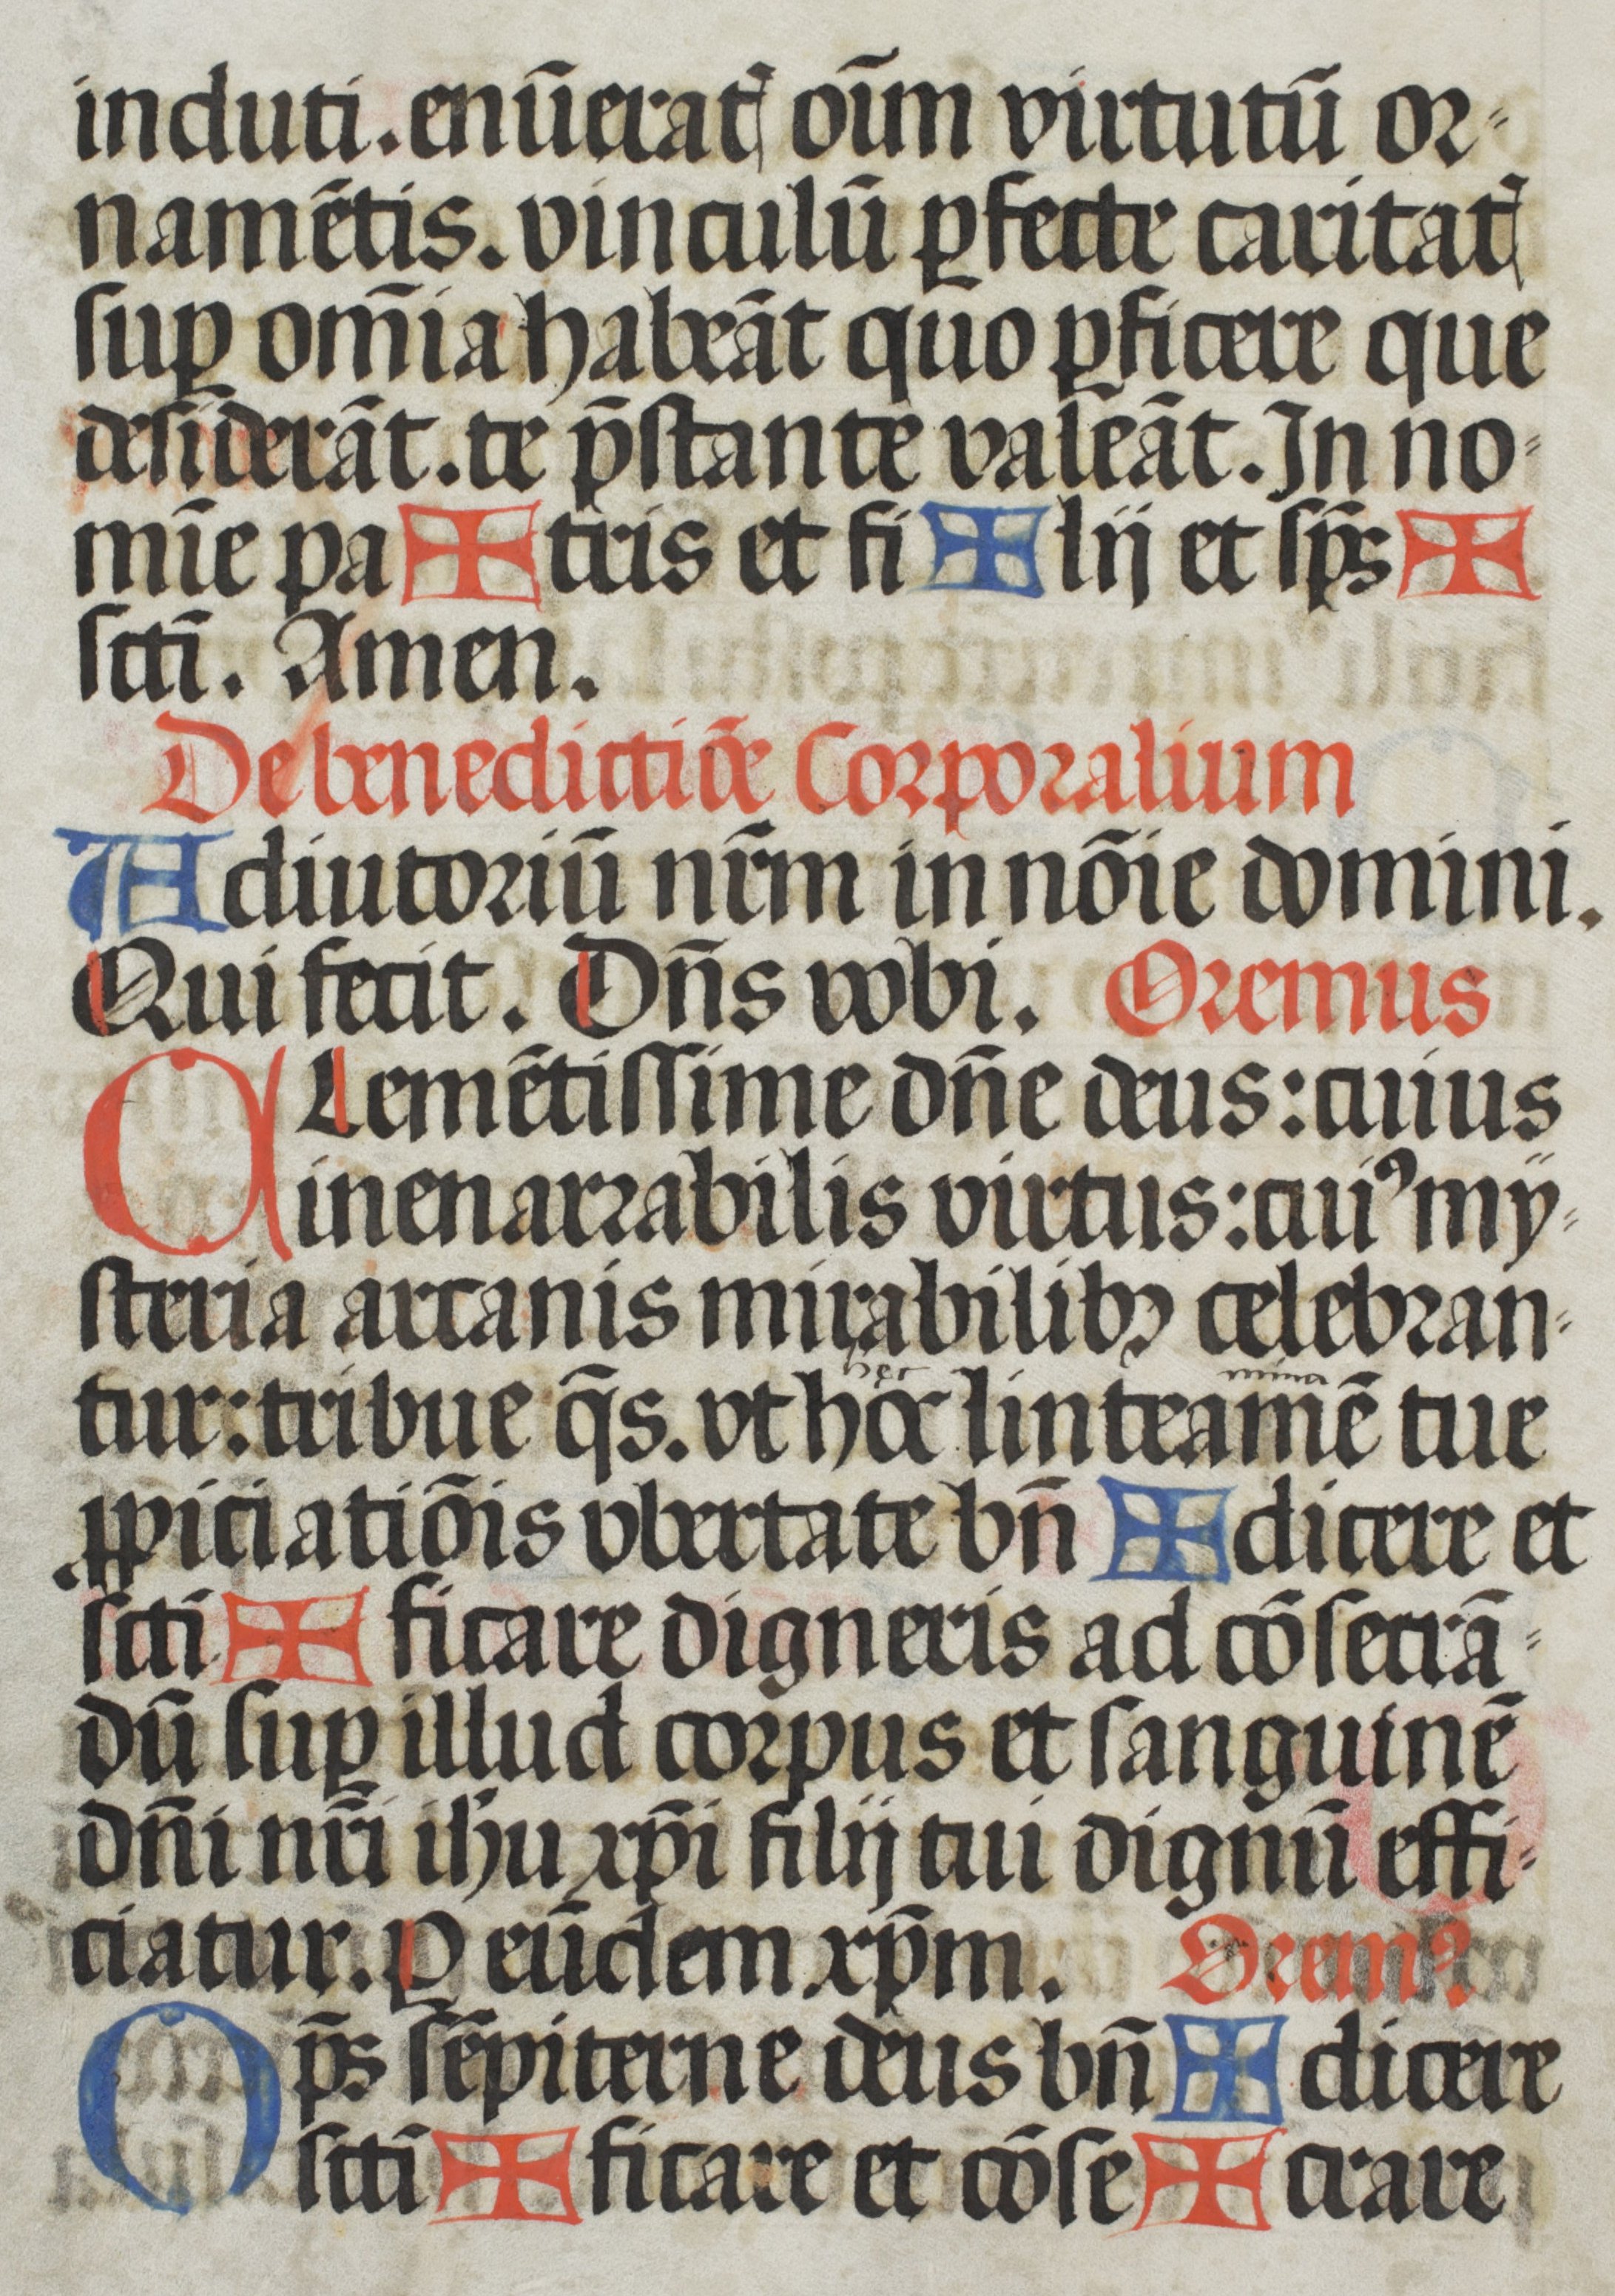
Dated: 1508–1508